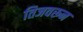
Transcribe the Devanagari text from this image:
तिजवरून